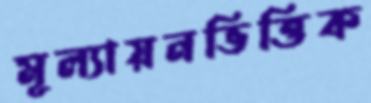
মূল্যায়নভিত্তিক